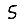
Digit: 5